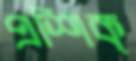
প্রশিক্